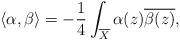
LaTeX: \begin{align*}\langle\alpha,\beta \rangle=-\frac{1}{4}\int_{\overline{X}}\alpha(z)\overline{\beta(z)}, \end{align*}